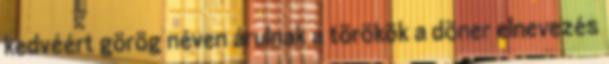
kedvéért görög néven árulnak a törökök a döner elnevezés